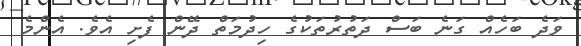
ވަދެ ބަހެއް ގަނެ ބަސް ދަތުރުތަކުގެ ހިދުމަތް ދޭން ފެށި އެވެ. އެންމެ